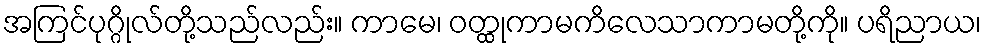
အကြင်ပုဂ္ဂိုလ်တို့သည်လည်း။ ကာမေ၊ ဝတ္ထုကာမကိလေသာကာမတို့ကို။ ပရိညာယ၊